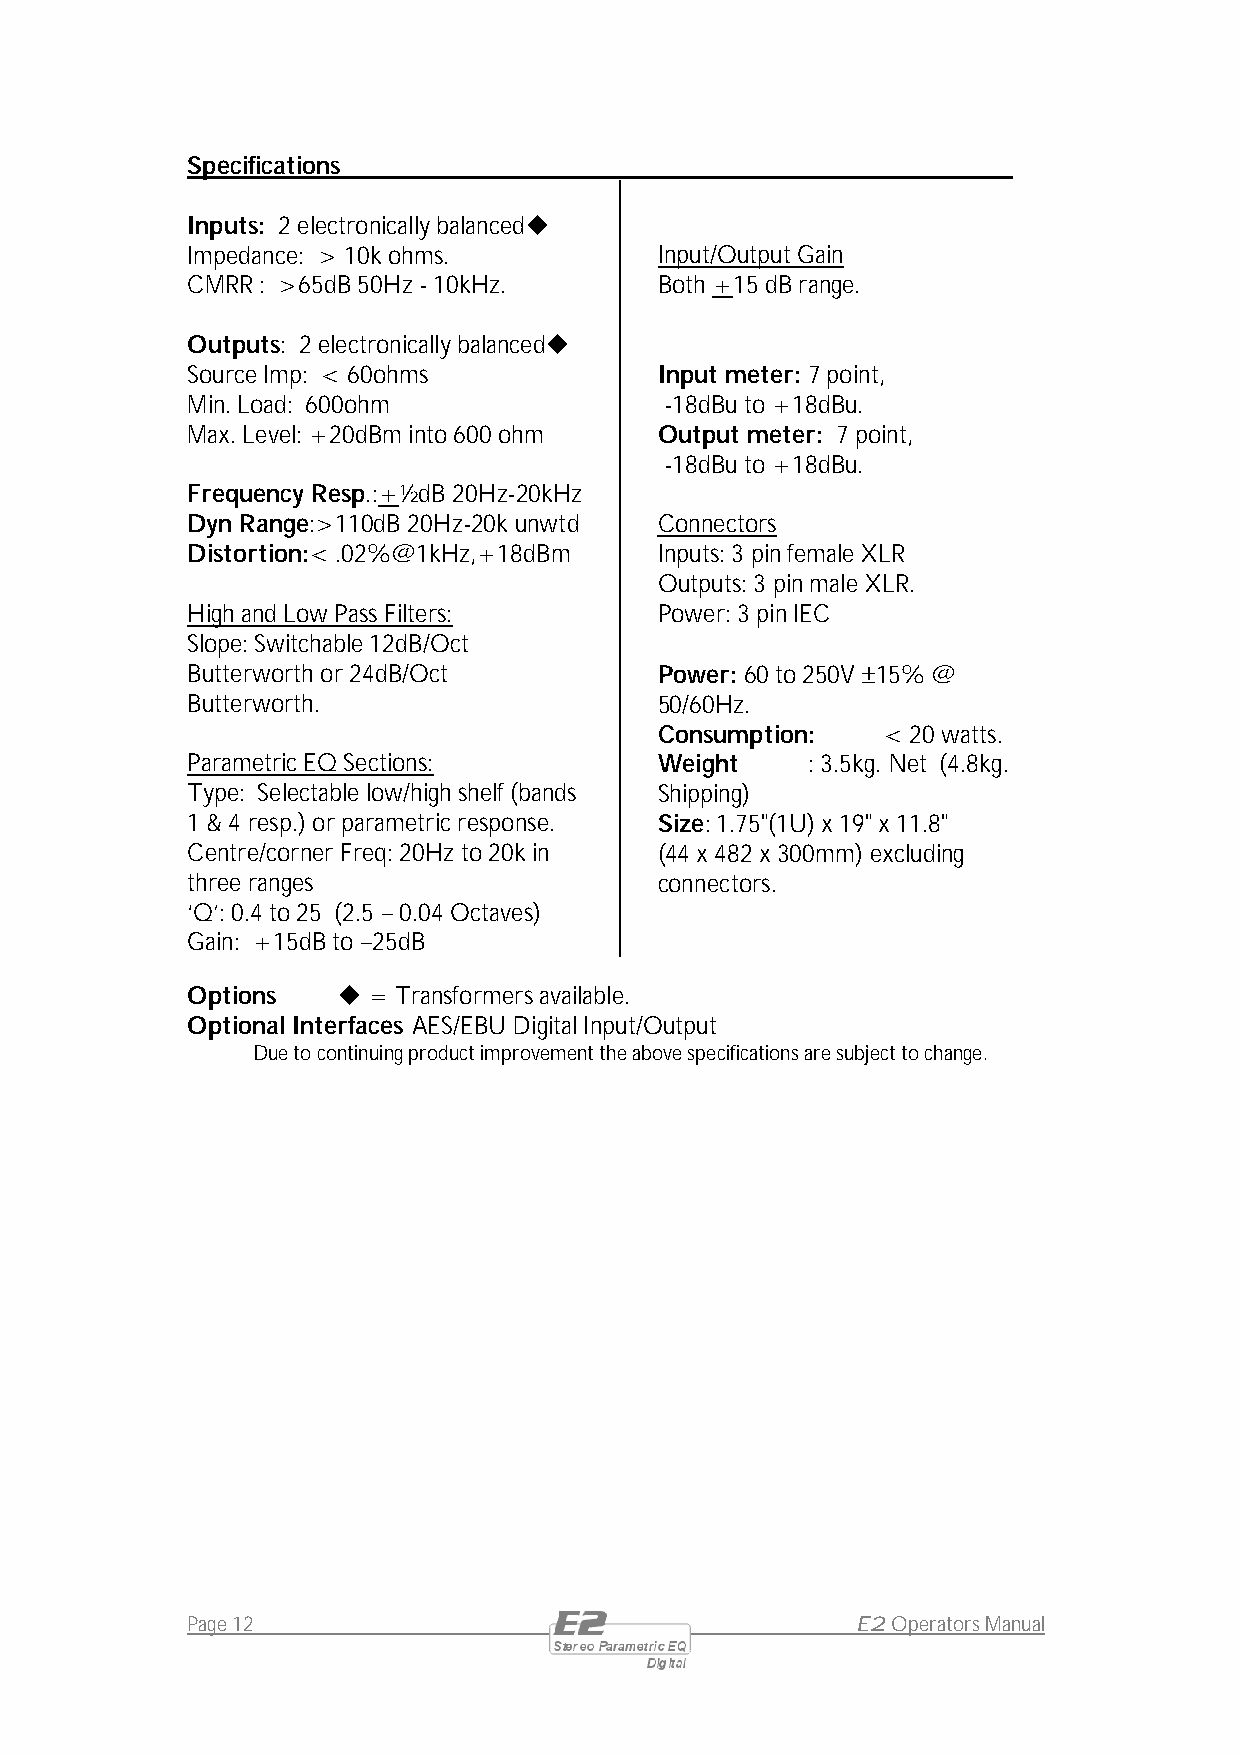
Specifications
 Inputs: 2 electronically balancedu
 Impedance: > 10k ohms.          Input/Output Gain
 CMRR : >65dB 50Hz - 10kHz.      Both +15 dB range.
 Outputs: 2 electronically balancedu
 Source Imp: < 60ohms            Input meter: 7 point,
 Min. Load: 600ohm               -18dBu to +18dBu.
 Max. Level: +20dBm into 600 ohm Output meter: 7 point,
 -18dBu to +18dBu.
 Frequency Resp.:+½dB 20Hz-20kHz
 Dyn Range:>110dB 20Hz-20k unwtd Connectors
 Distortion:< .02%@1kHz,+18dBm   Inputs: 3 pin female XLR
 Outputs: 3 pin male XLR.
 High and Low Pass Filters:      Power: 3 pin IEC
 Slope: Switchable 12dB/Oct
 Butterworth or 24dB/Oct         Power: 60 to 250V – 15% @
 Butterworth.                    50/60Hz.
 Consumption:  < 20 watts.
 Parametric EQ Sections:         Weight   : 3.5kg. Net (4.8kg.
 Type: Selectable low/high shelf (bands Shipping)
 1 & 4 resp.) or parametric response. Size: 1.75"(1U) x 19" x 11.8"
 Centre/corner Freq: 20Hz to 20k in (44 x 482 x 300mm) excluding
 three ranges                    connectors.
 ‘Q’: 0.4 to 25 (2.5 – 0.04 Octaves)
 Gain: +15dB to –25dB
 Options   u = Transformers available.
 Optional Interfaces AES/EBU Digital Input/Output
 Due to continuing product improvement the above specifications are subject to change.
 Page 12                                      E2 Operators Manual